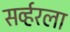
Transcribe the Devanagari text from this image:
सर्व्हरला